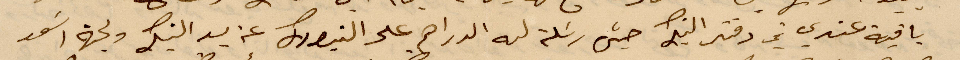
باقية عندي في دفتر البنك حين رسلت له الدراهم على النيورك عن يد البنك ولجهة اسعد